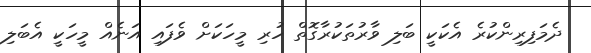
ދެމަފިރިންކުރެ އެކަކީ ބަލި ވާރުތަކުރާގޮތް ހުރި މީހަކަށް ވެފައި އަނެއް މީހަކީ އެބަލި